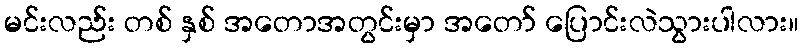
မင်းလည်း တစ် နှစ် အတောအတွင်းမှာ အတော် ပြောင်းလဲသွားပါလား။